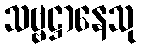
သဗ္ဗဋ္ဌာနေသု